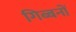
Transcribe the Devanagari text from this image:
गिब्बनों